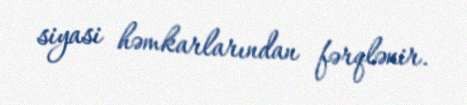
siyasi həmkarlarından fərqlənir.